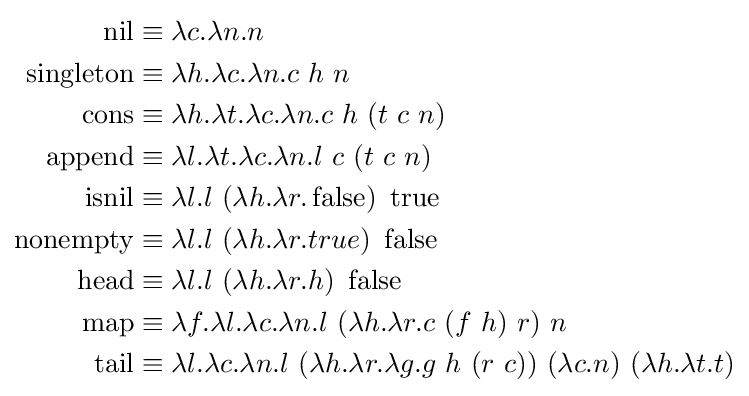
{\begin{aligned}\operatorname {nil} &\equiv \lambda c.\lambda n.n\\\operatorname {singleton} &\equiv \lambda h.\lambda c.\lambda n.c\ h\ n\\\operatorname {cons} &\equiv \lambda h.\lambda t.\lambda c.\lambda n.c\ h\ (t\ c\ n)\\\operatorname {append} &\equiv \lambda l.\lambda t.\lambda c.\lambda n.l\ c\ (t\ c\ n)\\\operatorname {isnil} &\equiv \lambda l.l\ (\lambda h.\lambda r.\operatorname {false} )\ \operatorname {true} \\\operatorname {nonempty} &\equiv \lambda l.l\ (\lambda h.\lambda r.true)\ \operatorname {false} \\\operatorname {head} &\equiv \lambda l.l\ (\lambda h.\lambda r.h)\ \operatorname {false} \\\operatorname {map} &\equiv \lambda f.\lambda l.\lambda c.\lambda n.l\ (\lambda h.\lambda r.c\ (f\ h)\ r)\ n\\\operatorname {tail} &\equiv \lambda l.\lambda c.\lambda n.l\ (\lambda h.\lambda r.\lambda g.g\ h\ (r\ c))\ (\lambda c.n)\ (\lambda h.\lambda t.t)\end{aligned}}